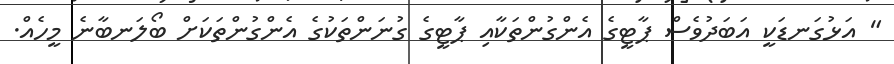
" އަޅުގަނޑަކީ އަބަދުވެސް ޕާޓީގެ އެންގުންތަކާއި ޕާޓީގެ ގުނަންތަކުގެ އެންގުންތަކަށް ބޯލަނބާނެ މީހެއް.